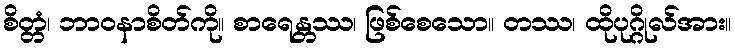
စိတ္တံ၊ ဘာဝနာစိတ်ကို။ စာရေန္တဿ၊ ဖြစ်စေသော။ တဿ၊ ထိုပုဂ္ဂိုလ်အား။